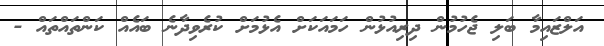
އަލްޒައިމާ ބަލި ޖެހުމުން ދިރިއުޅުން ހަމައަކަށް އެޅުމަށް ކުރެވިދާނެ ބައެއް ކަންތައްތައް -